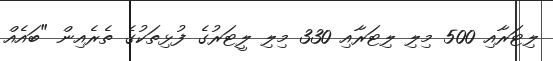
ލިޓަރާއި 500 މިލި ލިޓަރާއި 330 މިލި ލީޓަރުގެ ފުޅިތަކުގެ ތެރެއިން "ބައެއް